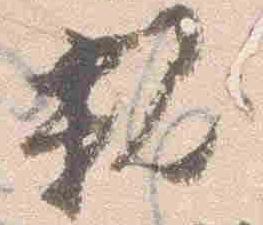
親